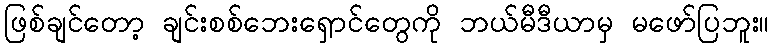
ဖြစ်ချင်တော့ ချင်းစစ်ဘေးရှောင်တွေကို ဘယ်မီဒီယာမှ မဖော်ပြဘူး။